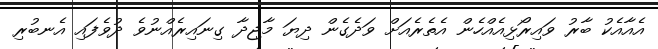
އެއާއެކު ބާރު ވައިރޯޅިއެއްހެން އެތެރެއަށް ވަދެގެން ދިޔަ މާޖިދާ ގިނައިރެއްނުވެ ދުވެފައި އެނބުރި